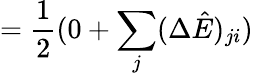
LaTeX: =\frac{1}{2}(0+\sum_{j}(\Delta\hat{E})_{ji})